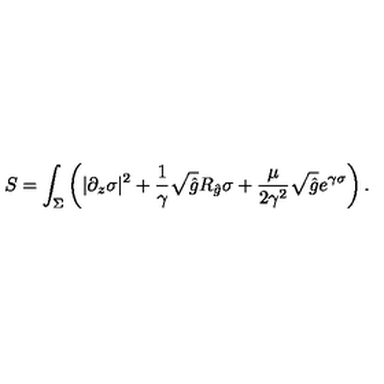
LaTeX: S = \int _ { \Sigma } \left( | \partial _ { z } \sigma | ^ { 2 } + { \frac { 1 } { \gamma } } \sqrt { \hat { g } } R _ { \hat { g } } \sigma + { \frac { \mu } { 2 \gamma ^ { 2 } } } \sqrt { \hat { g } } e ^ { \gamma \sigma } \right) .